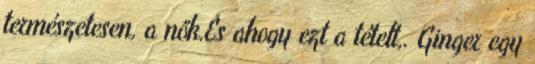
természetesen, a nők.És ahogy ezt a tételt,. Ginger egy